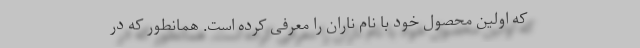
که اولین محصول خود با نام ناران را معرفی کرده است. همانطور که در